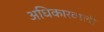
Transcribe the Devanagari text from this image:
अधिकारवाली